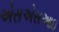
એસએસઆઇ